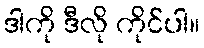
ဒါကို ဒီလို ကိုင်ပါ။